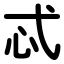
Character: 忒